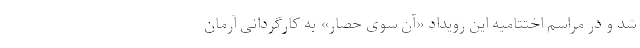
شد و در مراسم اختتامیه این رویداد «آن سوی حصار» به کارگردانی آرمان